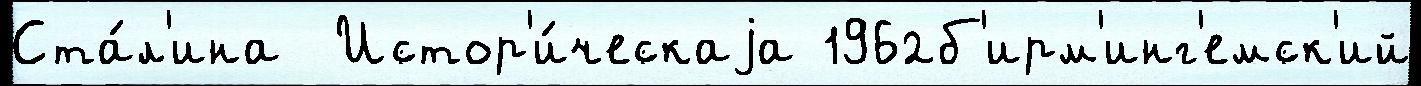
Ста́л'ина  Истор'и́ческаjа 1962б'ирм'инг'емск'ий